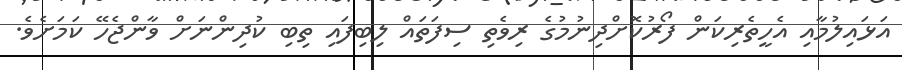
އަޅައިލުމާއި އެހީތެރިކަން ފޯރުކޮށްދިނުމުގެ ރިވެތި ސިފަތައް ލިބިފައި ތިބި ކުދިންނަށް ވާންޖެހޭ ކަަމަށެވެ.